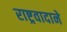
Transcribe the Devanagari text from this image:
राष्ट्रवादाने